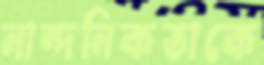
নান্দনিকতাকে